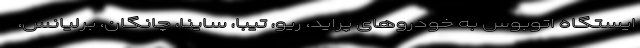
ایستگاه اتوبوس به خودروهای پراید، ریو، تیبا، ساینا، چانگان، برلیانس،